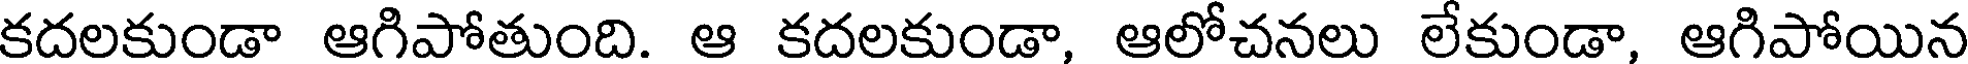
కదలకుండా ఆగిపోతుంది. ఆ కదలకుండా, ఆలోచనలు లేకుండా, ఆగిపోయిన